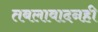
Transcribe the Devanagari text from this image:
तबलावादनही